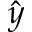
\hat { y }